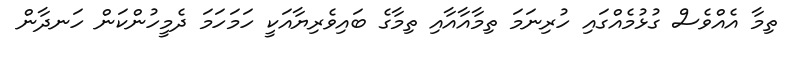
ތިމާ އެއްވެސް ގުޅުމެއްގައި ހުރިނަމަ ތިމާއާއާއި ތިމާގެ ބައިވެރިޔާއަކީ ހަމަހަމަ ދެމީހުންކަން ހަނދާން